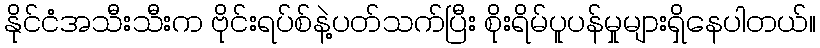
နိုင်ငံအသီးသီးက ဗိုင်းရပ်စ်နဲ့ပတ်သက်ပြီး စိုးရိမ်ပူပန်မှုများရှိနေပါတယ်။